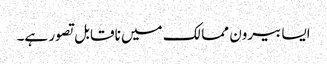
ایسا بیرون ممالک میں ناقابل تصور ہے۔